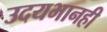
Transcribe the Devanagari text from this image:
उदयभानही